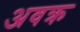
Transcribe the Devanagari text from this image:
अवक्र